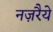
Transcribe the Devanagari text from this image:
नज़रैये